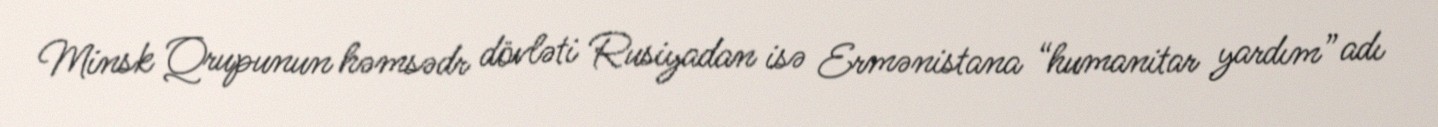
Minsk Qrupunun həmsədr dövləti Rusiyadan isə Ermənistana “humanitar yardım” adı